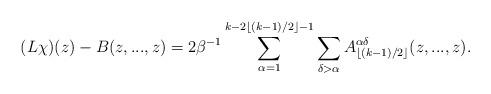
LaTeX: \begin{align*}&(L \chi)(z)-B(z,...,z)=2\beta^{-1} \sum_{\alpha=1}^{k-2\lfloor (k-1)/2\rfloor-1} \sum_{\delta>\alpha} A_{\lfloor (k-1)/2\rfloor}^{\alpha\delta} (z,...,z).\end{align*}